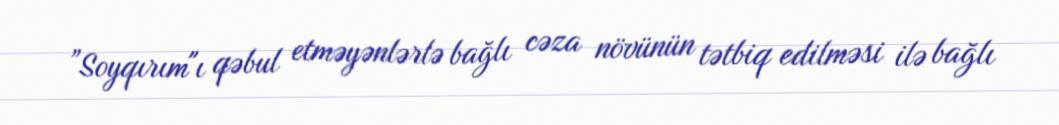
”Soyqırım"ı qəbul etməyənlərlə bağlı cəza növünün tətbiq edilməsi ilə bağlı